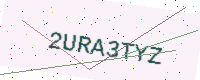
Text: 2URA3TYZ